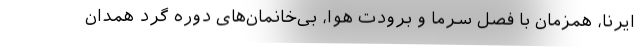
ایرنا، همزمان با فصل سرما و برودت هوا، بی‌خانمان‌های دوره گرد همدان